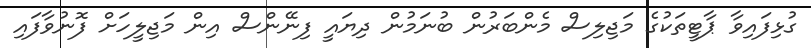
ގުޅިފައިވާ ޕާޓީތަކުގެ މަޖިލިސް މެންބަރުން ބުނަމުން ދިޔައީ ފިނޭންސް އިން މަޖިލީހަށް ފޮނުވާފައި